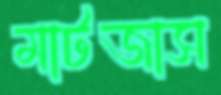
মাটজাস